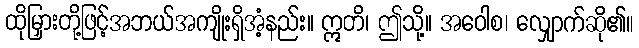
ထိုမြှားတို့ဖြင့်အဘယ်အကျိုးရှိအံ့နည်း။ ဣတိ၊ ဤသို့။ အဝေါစ၊ လျှောက်ဆို၏။